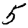
Digit: 5